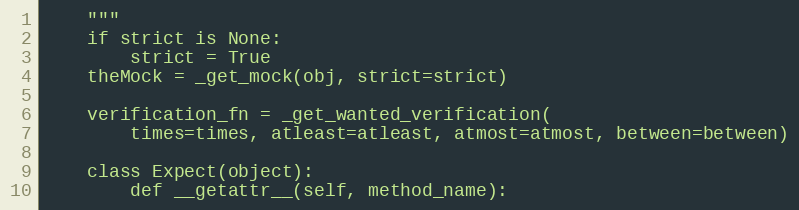
Language: Python
    """
    if strict is None:
        strict = True
    theMock = _get_mock(obj, strict=strict)

    verification_fn = _get_wanted_verification(
        times=times, atleast=atleast, atmost=atmost, between=between)

    class Expect(object):
        def __getattr__(self, method_name):